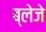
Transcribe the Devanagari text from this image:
ब्लेजे